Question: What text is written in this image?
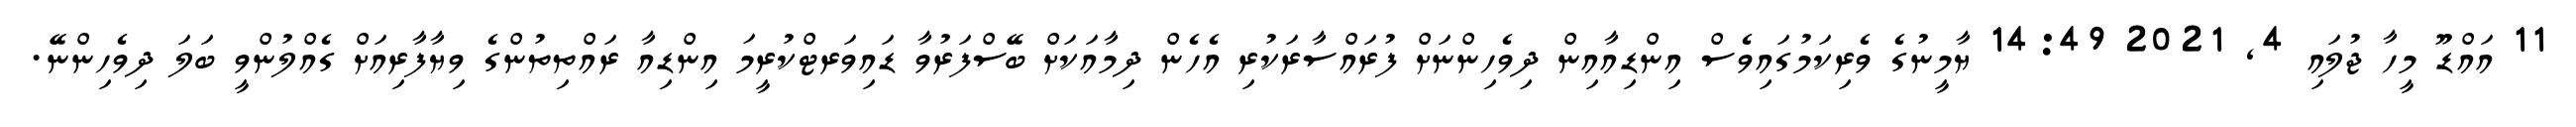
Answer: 11 އައްޑޫ މީހާ ޖުލައި 4, 2021 14:49 ޔާމީނުގެ ވެރިކަމުގައިވެސް އިންޑިއާއިން ދިވެހިންނަށް ފުރައްސާރަކުރި އެހެން ދިމާއަކަށް ބޭސްފަރުވާ ޑައިވަރޓްކުރީމަ އިންޑިއާ ރައްތިތުންގެ ވިޔާފާރިއަށް ގެއްލުންވީ ބަލަ ދިވެހިންނޭ.